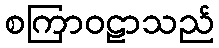
စကြာဝဠာသည်